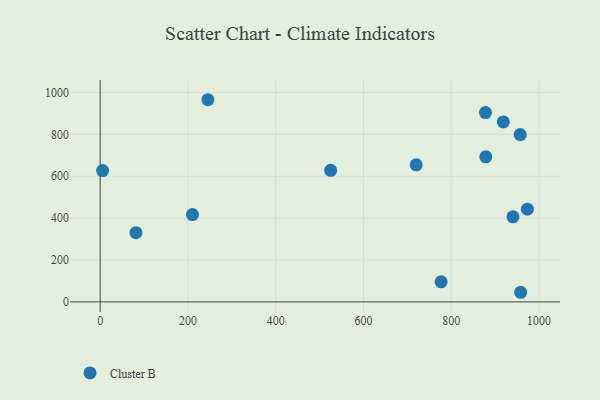
{"axis": {"x": "Price", "y": "Yield"}, "legend": ["Cluster B"], "data": [{"x": "878.8", "y": 692.6, "type": "Cluster B"}, {"x": "878.1", "y": 904.1, "type": "Cluster B"}, {"x": "210.3", "y": 417.0, "type": "Cluster B"}, {"x": "720.2", "y": 654.5, "type": "Cluster B"}, {"x": "81.6", "y": 330.3, "type": "Cluster B"}, {"x": "777.1", "y": 95.9, "type": "Cluster B"}, {"x": "525.3", "y": 628.2, "type": "Cluster B"}, {"x": "958.3", "y": 45.9, "type": "Cluster B"}, {"x": "918.8", "y": 859.6, "type": "Cluster B"}, {"x": "5.6", "y": 627.0, "type": "Cluster B"}, {"x": "973.6", "y": 442.7, "type": "Cluster B"}, {"x": "957.3", "y": 799.2, "type": "Cluster B"}, {"x": "245.5", "y": 965.4, "type": "Cluster B"}, {"x": "940.8", "y": 406.0, "type": "Cluster B"}]}